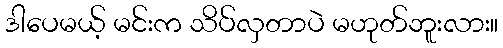
ဒါပေမယ့် မင်းက သိပ်လှတာပဲ မဟုတ်ဘူးလား။